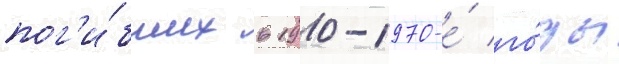
пог'и́бших в 1910-1970-е́ го́ды